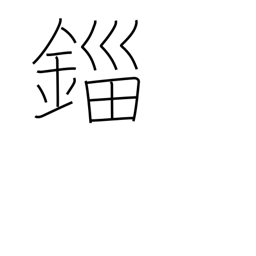
Meaning: unit of weight